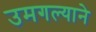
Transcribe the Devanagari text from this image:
उमगल्याने